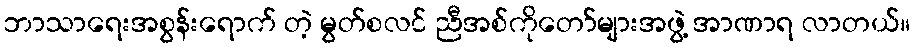
ဘာသာရေးအစွန်းရောက် တဲ့ မွတ်စလင် ညီအစ်ကိုတော်များအဖွဲ့ အာဏာရ လာတယ်။